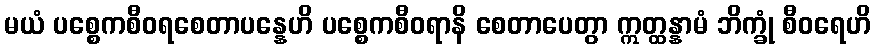
မယံ ပစ္စေကစီဝရစေတာပန္နေဟိ ပစ္စေကစီဝရာနိ စေတာပေတွာ ဣတ္ထန္နာမံ ဘိက္ခုံ စီဝရေဟိ